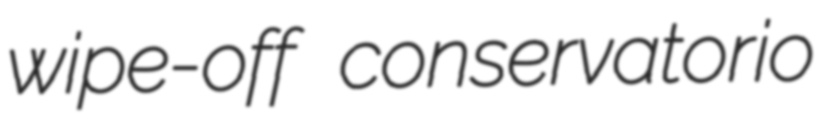
wipe-off conservatorio